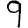
Digit: 9